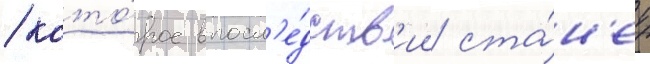
/ кото́рое впосл'е́дств'ии ста́н'ет